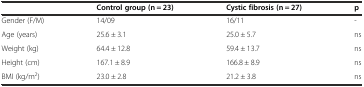
|  | Control group (n = 23) | Cystic fibrosis (n = 27) | p |
 | --- | --- | --- | --- |
 | Gender (F/M) | 14/09 | 16/11 | - |
 | Age (years) | 25.6 ± 3.1 | 25.0 ± 5.7 | ns |
 | Weight (kg) | 64.4 ± 12.8 | 59.4 ± 13.7 | ns |
 | Height (cm) | 167.1 ± 8.9 | 166.8 ± 8.9 | ns |
 | BMI (kg/m2) | 23.0 ± 2.8 | 21.2 ± 3.8 | ns |